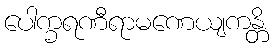
ပေါက္ခရဏီရာမဏေယျကန္တိ